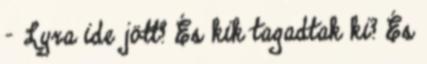
- Lyra ide jött? És kik tagadtak ki? És